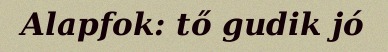
Alapfok: tő gudik jó